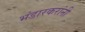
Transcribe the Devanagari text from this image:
भंडारकरांनी